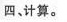
四计算。